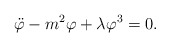
\begin{align*}\ddot\varphi - m^2\varphi +\lambda\varphi^3 = 0.\end{align*}